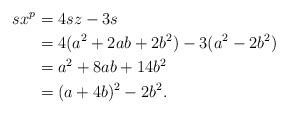
LaTeX: \begin{align*}sx^p & = 4sz-3s \\& = 4 (a^2+2ab+2b^2)-3(a^2-2b^2)\\& = a^2+8ab+14b^2\\& = (a+4b)^2-2b^2.\end{align*}